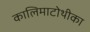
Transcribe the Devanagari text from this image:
कालिमाटोथीका